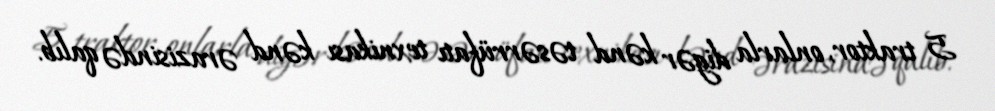
5 traktor, onlarla digər kənd təsərrüfatı texnikası kənd ərazisində qalıb.